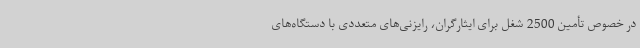
در خصوص تأمین 2500 شغل برای ایثارگران، رایزنی‌های متعددی با دستگاه‌های